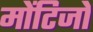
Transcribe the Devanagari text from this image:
मोंटिजो